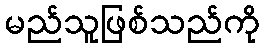
မည်သူဖြစ်သည်ကို